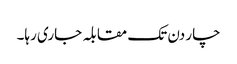
چار دن تک مقابلہ جاری رہا۔